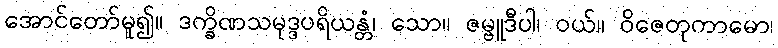
အောင်တော်မူ၍။ ဒက္ခိဏသမုဒ္ဒပရိယန္တံ၊ သော။ ဇမ္ဗူဒီပါ၊ ဝယ်။ ဝိဇေတုကာမော၊